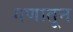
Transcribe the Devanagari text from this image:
गणातून